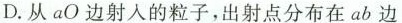
D.从aO边射入的粒子，出射点分布在ab边